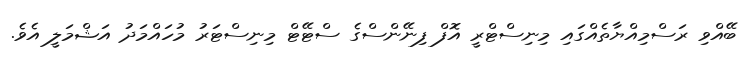
ބޭއްވި ރަސްމިއްޔާތެއްގައި މިނިސްޓްރީ އޮފް ފިނޭންސްގެ ސްޓޭޓް މިނިސްޓަރު މުހައްމަދު އަޝްމަލީ އެވެ.